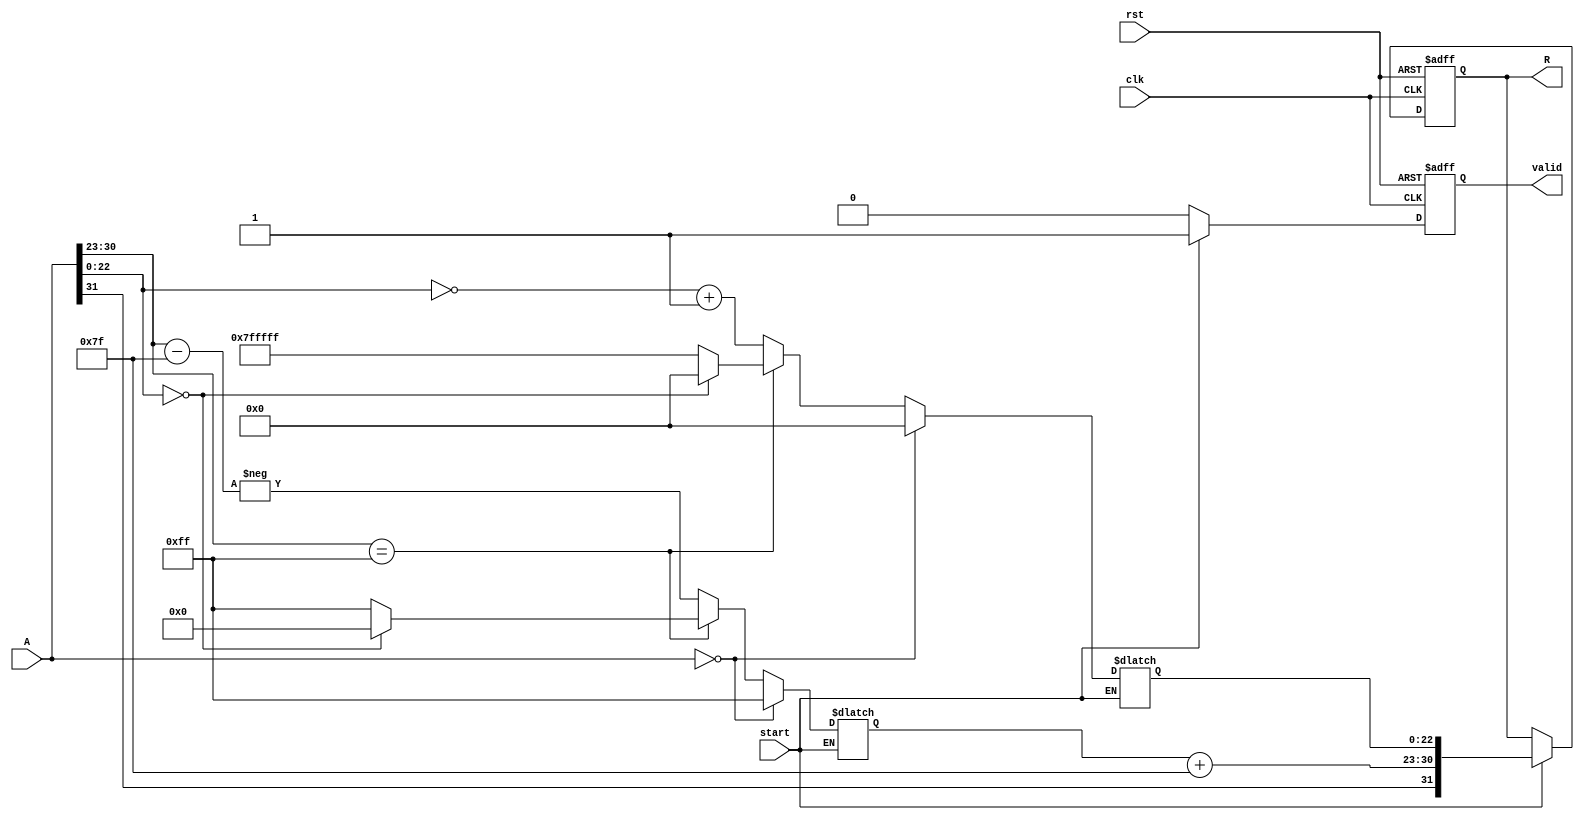
module floating_point_reciprocal (
    input wire [31:0] A,                // Input floating-point number (32-bit)
    input wire start,                   // Start signal for operation
    input wire clk,                     // Clock signal
    input wire rst,                     // Reset signal
    output reg [31:0] R,                // Output reciprocal (32-bit)
    output reg valid                    // Valid output signal
);

// Internal signals
reg [7:0] exponent;                   // Exponent field
reg [23:0] significand;               // Significand (mantissa)
reg sign;                             // Sign bit
reg [7:0] new_exponent;               // New exponent after inversion
reg [23:0] inv_significand;           // Inverted significand
reg [31:0] result;                    // Intermediate result

// Input Parsing Unit
always @(*) begin
    sign = A[31];
    exponent = A[30:23] - 127; // Subtract bias
    significand = {1'b1, A[22:0]}; // Implicit leading one
end

// Exponent Calculation Unit (with a simple inversion)
always @(*) begin
    if (start) begin
        if (A == 32'b0) begin
            // Reciprocal of zero -> infinity
            new_exponent = 255; // set to max exponent for infinity
            inv_significand = 24'b0; // for infinity, significand is 0
        end else if (A[30:23] == 8'b11111111) begin
            // Handle special cases
            if (A[22:0] == 23'b0) begin
                // Reciprocal of infinity -> zero
                new_exponent = 0; // exponent for zero
                inv_significand = 24'b0;
            end else begin
                // Reciprocal of NaN -> NaN
                new_exponent = 255;
                inv_significand = 24'b11111111111111111111111; // Set to NaN patterns
            end
        end else begin
            // General case: calculate reciprocal
            new_exponent = -exponent; // Inverting the exponent
            // Placeholder for inversion algorithm
            inv_significand = ~significand + 1; // Simple 2's complement for illustrative purposes
        end
    end
end

// Normalization Unit (basic normalization)
always @(posedge clk or posedge rst) begin
    if (rst) begin
        R <= 32'b0;
        valid <= 1'b0;
    end else if (start) begin
        // Combine sign, exponent, and significand for output
        result[31] = sign; // Sign remains the same for reciprocal
        result[30:23] = new_exponent + 127; // Add bias back
        result[22:0] = inv_significand[22:0]; // Use the inverted significand

        // Assigning to output and setting valid flag
        R <= result;
        valid <= 1'b1; // Indicate the output is valid
    end else begin
        valid <= 1'b0; // Reset valid flag when not processing
    end
end

endmodule